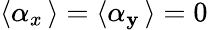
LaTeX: \left\langle\alpha_{x}\, \right\rangle=\left\langle\alpha_{\mathbf{y}}\, \right\rangle=0